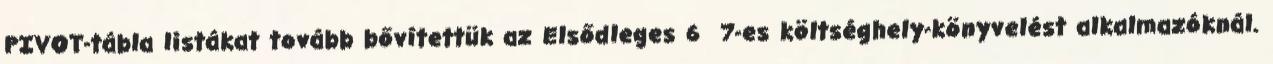
PIVOT-tábla listákat tovább bővítettük az Elsődleges 6 7-es költséghely-könyvelést alkalmazóknál.